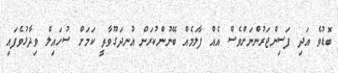
ބޮޑުވެ އަދި ފަސިންޖަރުންނަށްވެސް އެއް ފާލަމެއް ބޭނުންކުރަން އުނދަގޫވާތީ ކަމަށް ސުހައިލް ވިދާޅުވެފައި